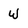
Character: W